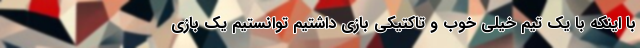
با اینکه با یک تیم خیلی خوب و تاکتیکی بازی داشتیم توانستیم یک بازی